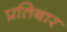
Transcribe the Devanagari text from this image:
प्रतिबार